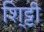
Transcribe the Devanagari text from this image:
शि्ट्टी